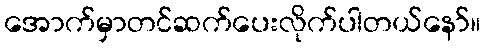
အောက်မှာတင်ဆက်ပေးလိုက်ပါတယ်နော်။